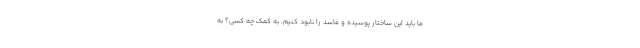
ما باید این ساختار پوسیده و فاسد را نابود کنیم. به کمک چه کسی؟ به